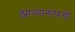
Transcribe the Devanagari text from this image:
झाल्यानंतरची